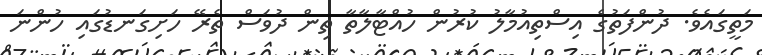
މަތީގައެވެ. ދުންފަތުގެ އިސްތިއުމާލު ކުރުން ހުއްޓާލާތާ ތިން ދުވަސް ތެރޭ ހަށިގަނޑުގައި ހުންނަ